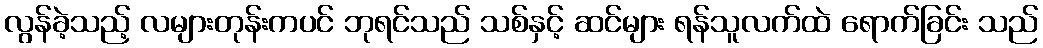
လွန်ခဲ့သည့် လများတုန်းကပင် ဘုရင်သည် သစ်နှင့် ဆင်များ ရန်သူလက်ထဲ ရောက်ခြင်း သည်